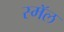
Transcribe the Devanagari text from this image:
स्मॅल